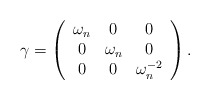
\begin{align*}\gamma=\left( \begin{array}{ccc} \omega_n & 0 & 0 \\0 & \omega_n & 0 \\ 0 & 0 & \omega_n^{-2} \end{array} \right).\end{align*}